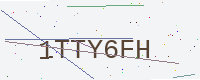
Text: 1TTY6FH